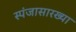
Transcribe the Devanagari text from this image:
स्पंजासारख्या